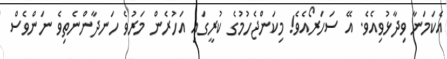
އެކަމަނާ ވިދާޅުވިއެވެ. އޭ ސަހަރޯއެވެ! މިކަންޖެހުމުގެ ކުރީގައި އަހުރެން މަރުވެ ހަނދާންނެތިވެ ނަންވެސް